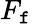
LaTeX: F_{\mathtt{f}}